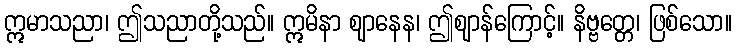
ဣမာသညာ၊ ဤသညာတို့သည်။ ဣမိနာ ဈာနေန၊ ဤဈာန်ကြောင့်။ နိဗ္ဗတ္တေ၊ ဖြစ်သော။